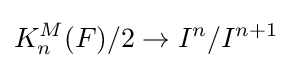
K_{n}^{M}(F)/2\to I^{n}/I^{n+1}